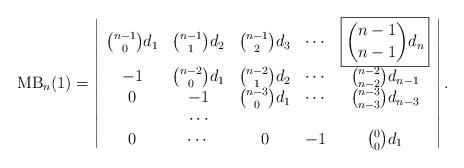
LaTeX: \begin{align*}\mathrm {MB}_{n}(1)=\left|\begin{array}{ccccc}\binom{n-1}0d_1&\binom{n-1}1d_2&\binom{n-1}2d_3&\cdots&\boxed{\binom{n-1}{n-1}d_n}\\-1&\binom{n-2}0d_1&\binom{n-2}1d_2&\cdots&\binom{n-2}{n-2}d_{n-1}\\0&-1&\binom{n-3}0d_1&\cdots&\binom{n-3}{n-3}d_{n-3}\\&\cdots\\0&\cdots&0&-1&\binom{0}0d_1\end{array}\right|.\end{align*}